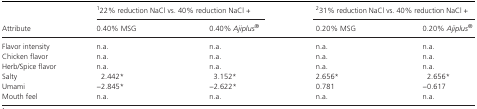
<table><thead><tr><td rowspan="2"><b>Attribute</b></td><td colspan="2"><b>122% reduction NaCl vs. 40% reduction NaCl +</b></td><td colspan="2"><b>231% reduction NaCl vs. 40% reduction NaCl +</b></td></tr><tr><td><b>0.40% MSG</b></td><td><b>0.40% <i>Ajiplus</i><sup>®</sup></b></td><td><b>0.20% MSG</b></td><td><b>0.20% <i>Ajiplus</i><sup>®</sup></b></td></tr></thead><tbody><tr><td>Flavor intensity</td><td>n.a.</td><td>n.a.</td><td>n.a.</td><td>n.a.</td></tr><tr><td>Chicken flavor</td><td>n.a.</td><td>n.a.</td><td>n.a.</td><td>n.a.</td></tr><tr><td>Herb/Spice flavor</td><td>n.a.</td><td>n.a.</td><td>n.a.</td><td>n.a.</td></tr><tr><td>Salty</td><td>2.442*</td><td>3.152*</td><td>2.656*</td><td>2.656*</td></tr><tr><td>Umami</td><td>−2.845*</td><td>−2.622*</td><td>0.781</td><td>−0.617</td></tr><tr><td>Mouth feel</td><td>n.a.</td><td>n.a.</td><td>n.a.</td><td>n.a.</td></tr></tbody></table>